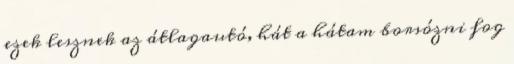
ezek lesznek az átlagautó, hát a hátam borsózni fog